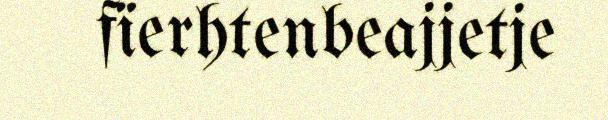
fïerhtenbeajjetje